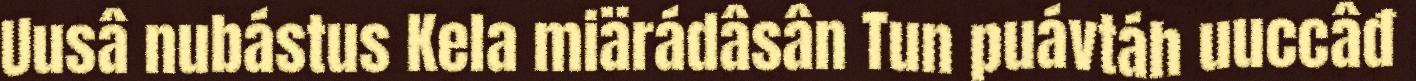
Uusâ nubástus Kela miärádâsân Tun puávtáh uuccâđ